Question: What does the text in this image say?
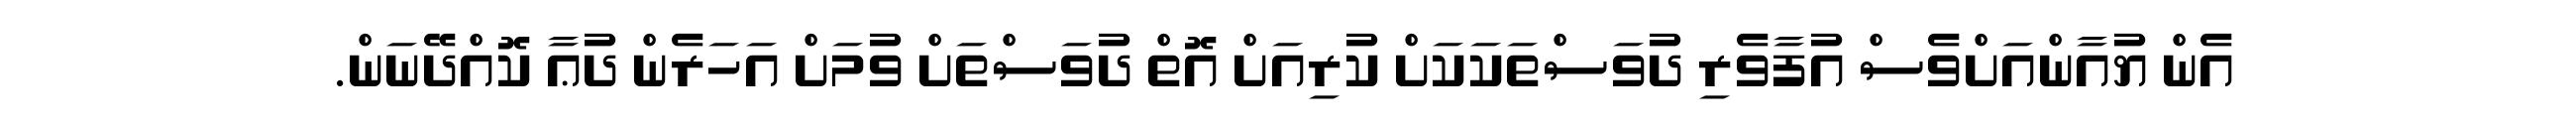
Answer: އެން ޔުއާންއަށްވެސް އުފާވެރި ދުވަސްތަކަކަށް ކުރިއަށް އޮތް ދުވަސްތަށް ވުމަށް އަހަރެން ދުޢާ ކޮއްދޭނަން.